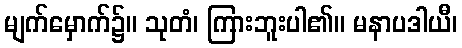
မျက်မှောက်၌။ သုတံ၊ ကြားဘူးပါ၏။ မနာပဒါယီ၊